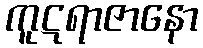
ကူဋရာဇာနော